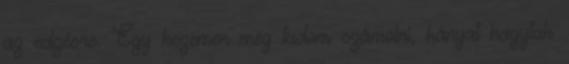
az edzésre. Egy kezemen meg tudom számolni, hányat hagytak